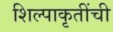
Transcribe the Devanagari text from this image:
शिल्पाकृतींची